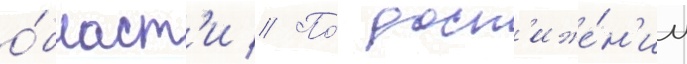
о́бласт'и // По́ дост'иже́н'ии